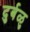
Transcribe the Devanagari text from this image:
दुर्बळु